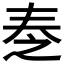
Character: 𡘕